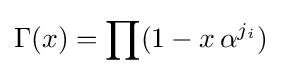
\Gamma (x)=\prod (1-x\,\alpha ^{j_{i}})